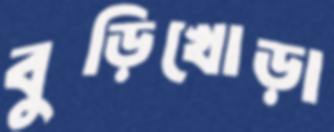
বুড়িখোড়া